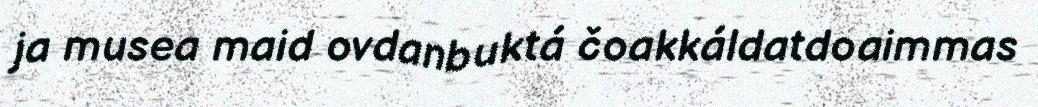
ja musea maid ovdanbuktá čoakkáldatdoaimmas